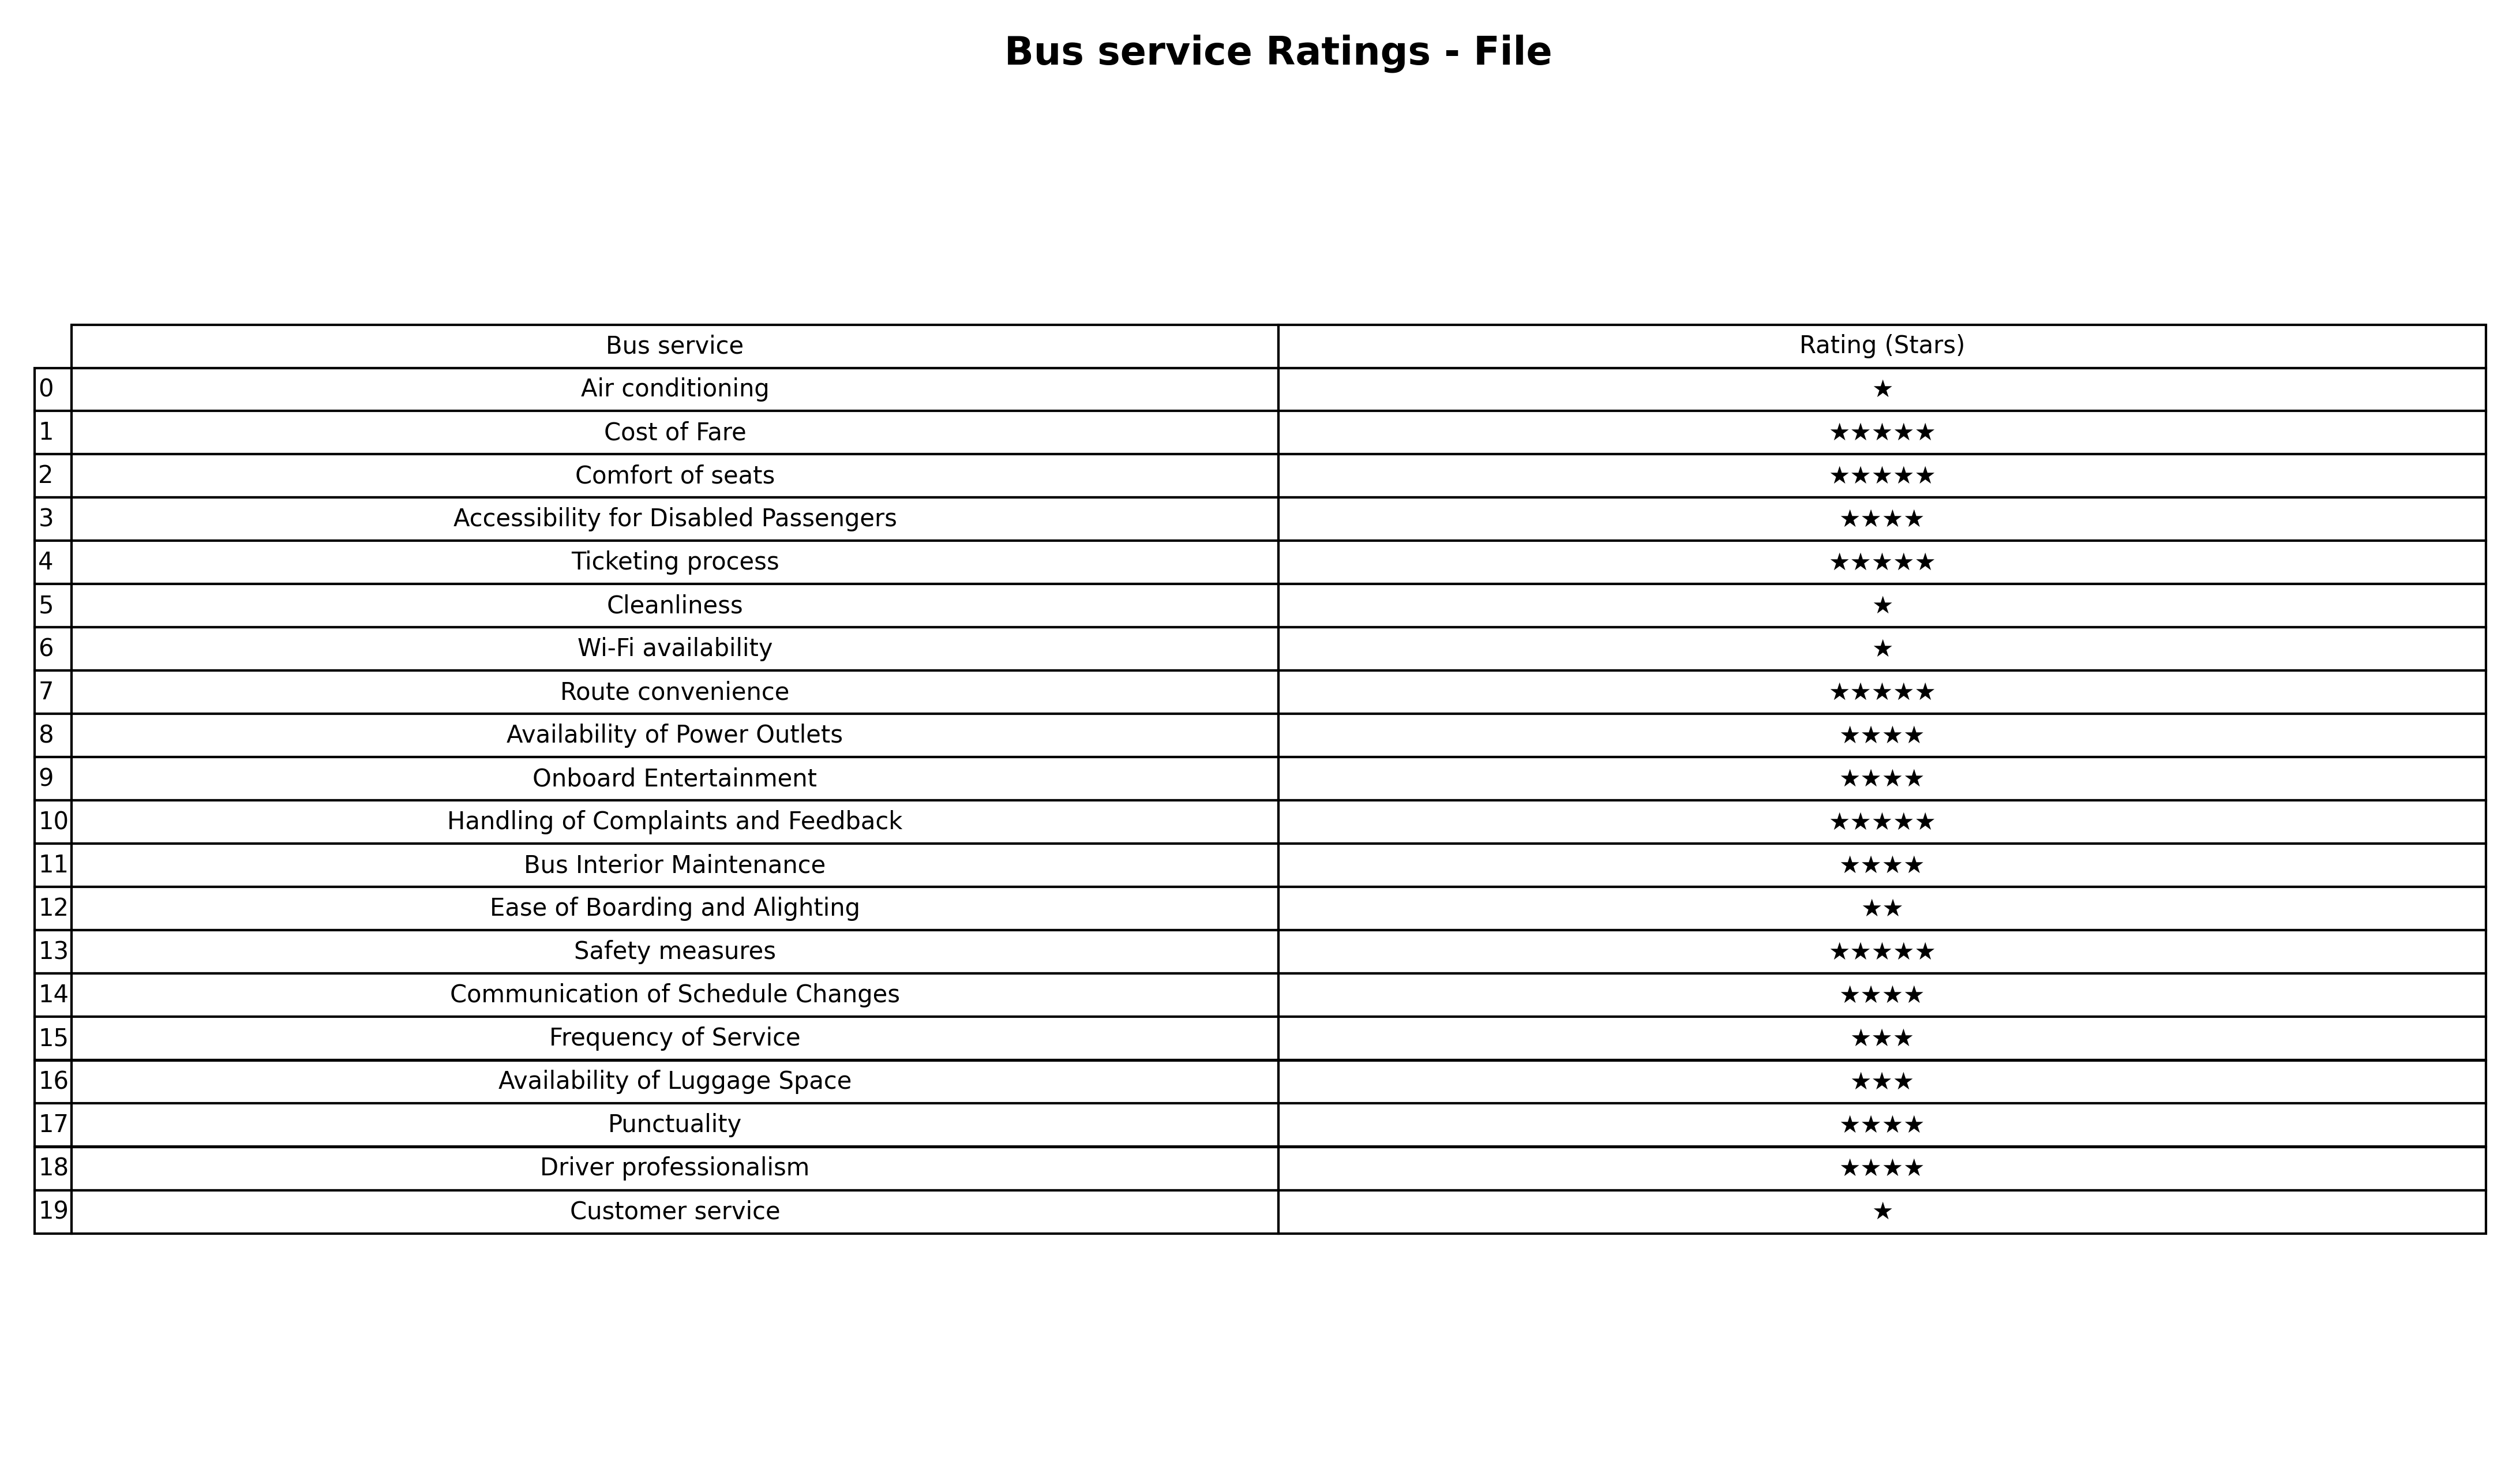
question: What are highest rating services?
answer: Accessibility for Disabled PassengersAvailability of Power OutletsOnboard EntertainmentBus Interior MaintenanceCommunication of Schedule ChangesPunctualityDriver professionalism